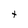
Character: t